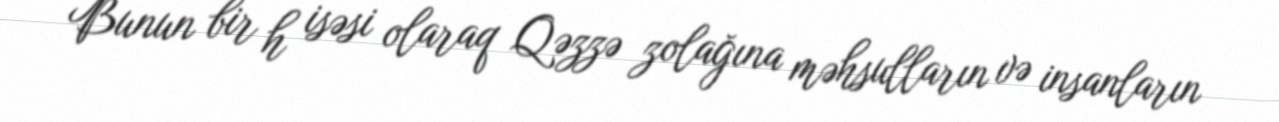
Bunun bir h isəsi olaraq Qəzzə zolağına məhsulların və insanların